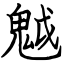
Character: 魆